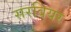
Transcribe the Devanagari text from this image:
सरवियर